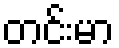
တင်းမာ